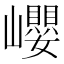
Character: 巊